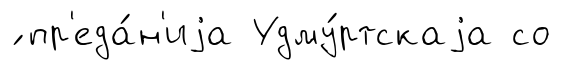
́ пр'еда́н'иjа Удму́ртскаjа со